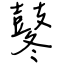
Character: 鼕